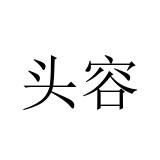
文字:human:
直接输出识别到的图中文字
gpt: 头容